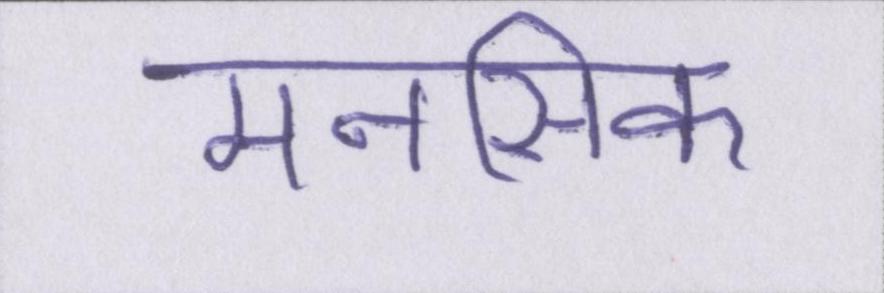
मनसिक